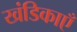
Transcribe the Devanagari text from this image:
खंडिकाएँ